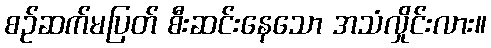
စဉ်ဆက်မပြတ် စီးဆင်းနေသော အသံလှိုင်းလား။